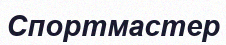
Спортмастер